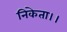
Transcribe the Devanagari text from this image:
निकेता।।